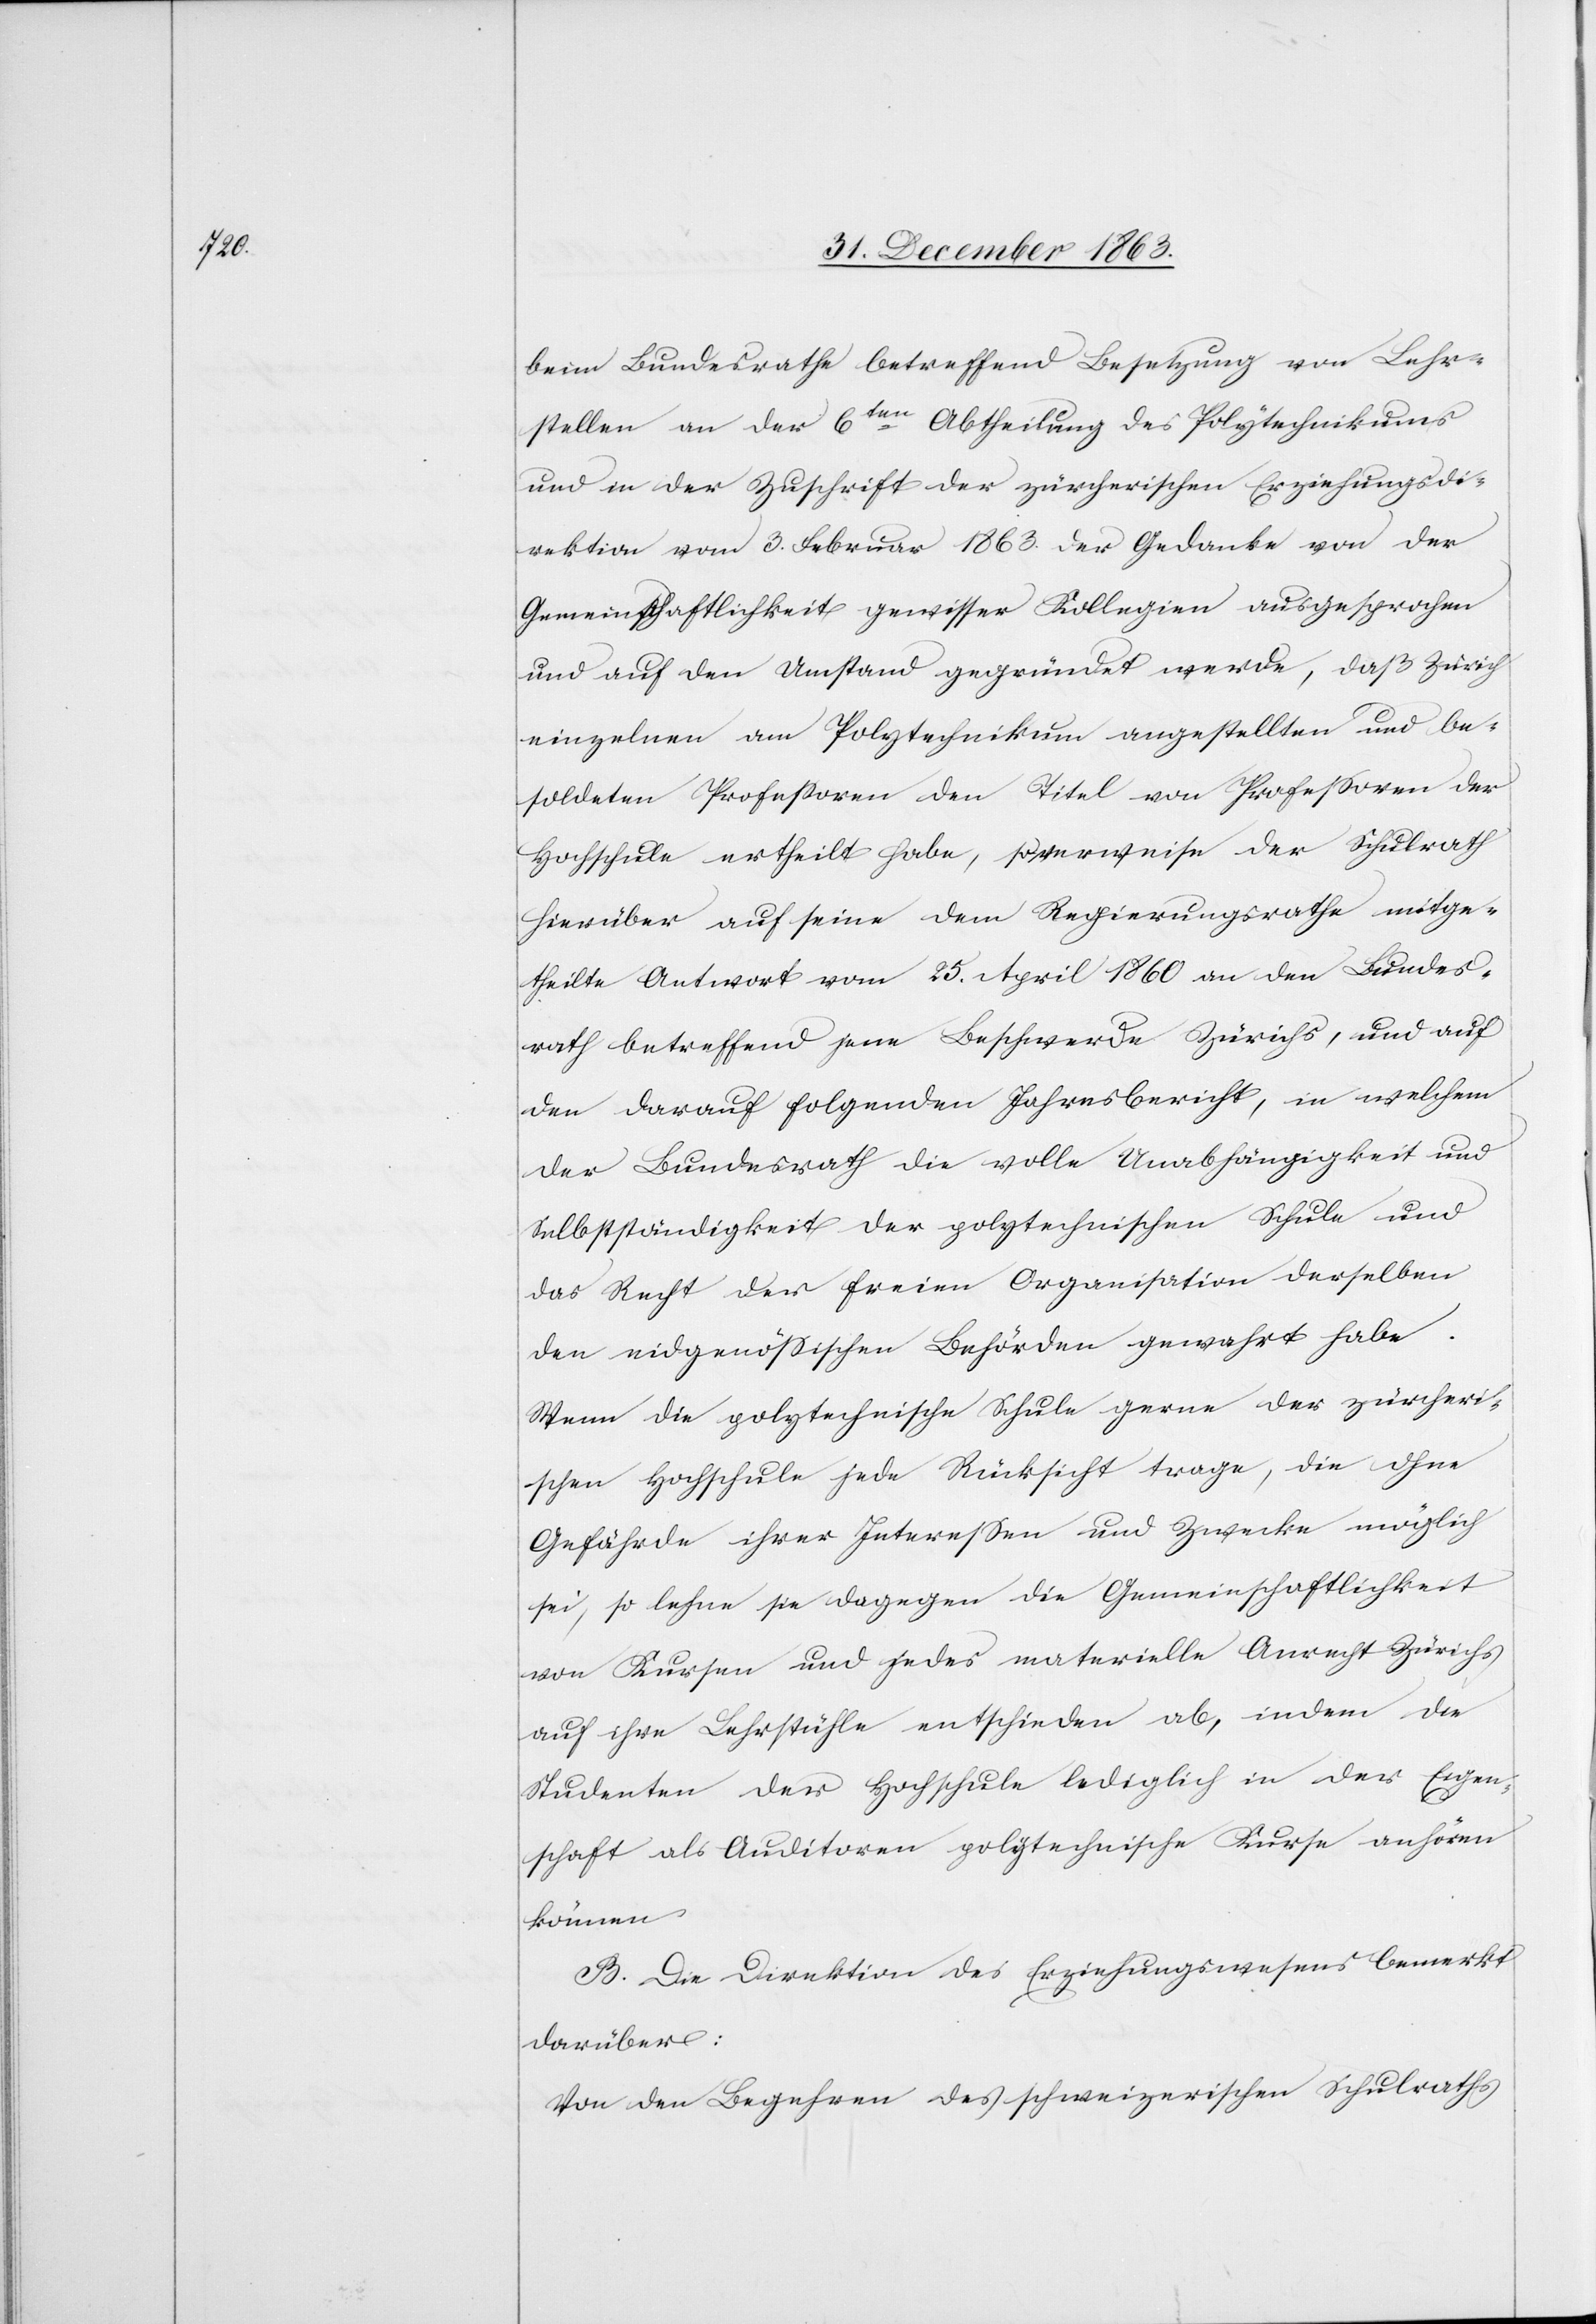
beim Bundesrathe betreffend Besetzung von Lehr¬
stellen an der 6ten Abtheilung des Polytechnikums
und in der Zuschrift der zürcherischen Erziehungsdi¬
rektion vom 3. Februar 1863. der Gedanke von der
Gemeinschaftlichkeit gewisser Kollegien ausgesprochen
und auf den Umstand gegründet werde, daß Zürich
einzelnen am Polytechnikum angestellten und be¬
soldeten Professoren den Titel von Professoren der
Hochschule ertheilt habe, so verweise der Schulrath
hierüber auf seine dem Regierungsrathe mitge¬
theilte Antwort vom 25. April 1860 an den Bundes¬
rath betreffend jene Beschwerde Zürichs, und auf
den darauf folgenden Jahresbericht, in welchem
der Bundesrath die volle Unabhängigkeit und
Selbstständigkeit der polytechnischen Schule und
das Recht der freien Organisation derselben
den eidgenössischen Behörden gewahrt habe.
Wenn die polytechnische Schule gerne der zürcheri¬
schen Hochschule jede Rücksicht trage, die ohne
Gefährde ihrer Interessen und Zwecke möglich
sei, so lehne sie dagegen die Gemeinschaftlichkeit
von Kursen und jedes materielle Anrecht Zürichs
auf ihre Lehrstühle entschieden ab, indem die
Studenten der Hochschule lediglich in der Eigen¬
schaft als Auditoren polytechnische Kurse anhören
können.
B. Die Direktion des Erziehungswesens bemerkt
darüber:
Von den Begehren des schweizerischen Schulraths